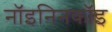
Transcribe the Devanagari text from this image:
नॉइनिनकॉइ